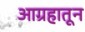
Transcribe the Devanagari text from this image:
आग्रहातून